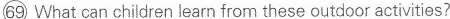
\bigcirc{69} What can children learn from these outdoor activities?